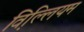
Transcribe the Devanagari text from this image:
व़िल्लियम